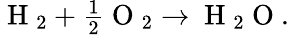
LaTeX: \begin{array}{r}{\mathrm{~H~}_{2}+\frac{1}{2}\mathrm{~O~}_{2}\rightarrow\mathrm{~H~}_{2}\mathrm{~O~}.}\end{array}